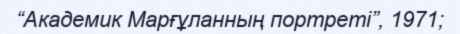
“Академик Марғұланның портреті”, 1971;